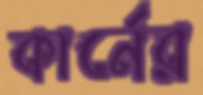
কার্নের